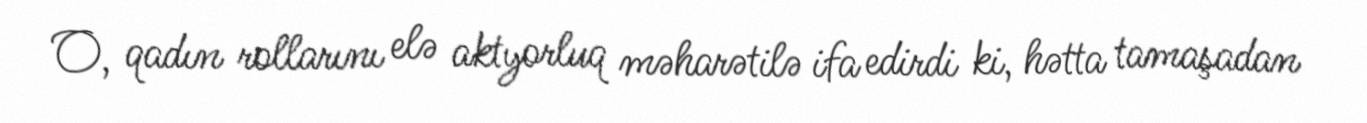
O, qadın rollarını elə aktyorluq məharətilə ifa edirdi ki, hətta tamaşadan